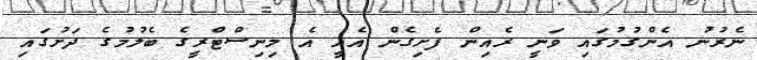
ނެރުނު އެންގުމުގައި ވަނީ ރެއިން ފެށިގެން އެއީ އެ މިނިސްޓްރީގެ ބެލުމުގެ ދަށުގައި